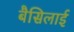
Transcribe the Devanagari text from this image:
बैसिलाई